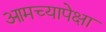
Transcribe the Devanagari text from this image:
आमच्यापेक्षा